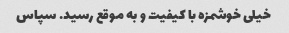
خیلی خوشمزه با کیفیت و به موقع رسید. سپاس